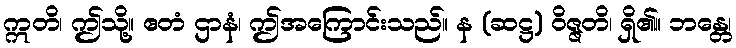
ဣတိ၊ ဤသို့။ ဧတံ ဌာနံ၊ ဤအကြောင်းသည်။ န (ဆဋ္ဌ) ဝိဇ္ဇတိ၊ ရှိ၏။ ဘန္တေ၊